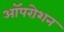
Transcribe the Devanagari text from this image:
ऑपरोशन